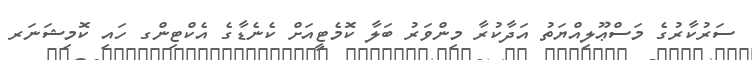
ސަރުކާރުގެ މަސްޢޫލިއްޔަތު އަދާކުރާ މިންވަރު ބަލާ ކޮމެޓީއަށް ކެނެޑާގެ އެކްޓިންގ ހައި ކޮމިޝަނަރ